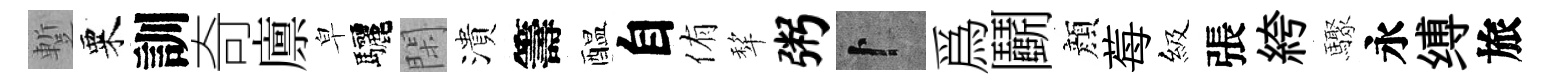
蹔粟訓奇廪皁驅閑潰籌醖自侑犂粥卜爲鬬顔莓級張絝驟永缚旅